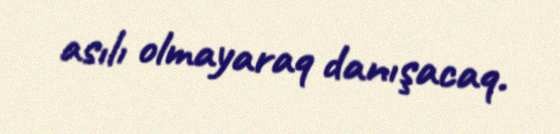
asılı olmayaraq danışacaq.